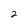
Character: 2